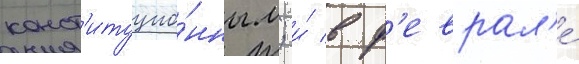
конст'итуцио́нным; и́ в ф'еврал'е́